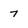
Character: 7